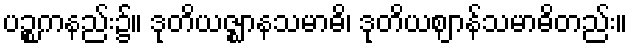
ပဉ္စကနည်း၌။ ဒုတိယဇ္ဈာနသမာဓိ၊ ဒုတိယဈာန်သမာဓိတည်း။